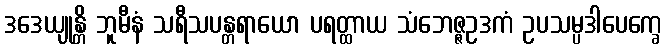
ဒဒေယျုန္တိ ဘူမီနံ သရီသပန္တရာယော ပရတ္ထာယ သံဘေဇ္ဇဥဒကံ ဥပသမ္ပဒါပေက္ခေ